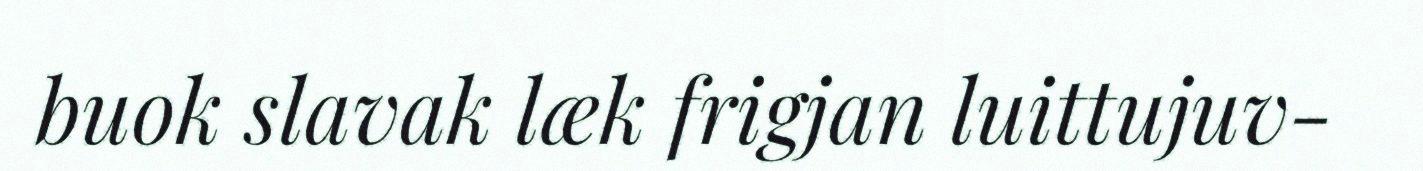
buok slavak læk frigjan luittujuv-